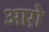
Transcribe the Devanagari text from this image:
आग़े